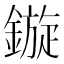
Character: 鏇